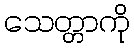
သေတ္တာကို